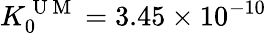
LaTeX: K_{0}^{\mathrm{~U~M~}}=3.45\times 10^{-10}